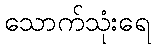
သောက်သုံးရေ